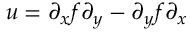
u = \partial _ { x } f \partial _ { y } - \partial _ { y } f \partial _ { x }